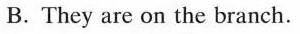
B. They are on the branch.